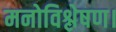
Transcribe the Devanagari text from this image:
मनोविश्लेषण।